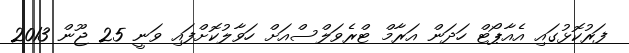
ފަރުކޮޅުގައި އެއާޕޯޓް ހަދަން އަރާމް ޓްރެވަލްސްއަށް ހަވާލުކޮށްފައި ވަނީ 25 ޖޫން 2013